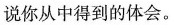
说你从中得到的体会。